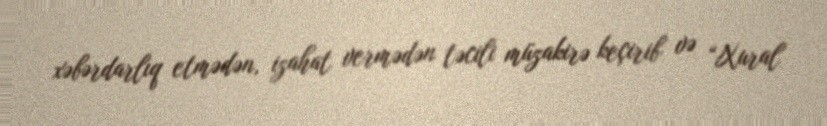
xəbərdarlıq etmədən, izahat vermədən təcili müzakirə keçirib və “Xural